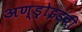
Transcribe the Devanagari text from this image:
अण्ड्रोइडची